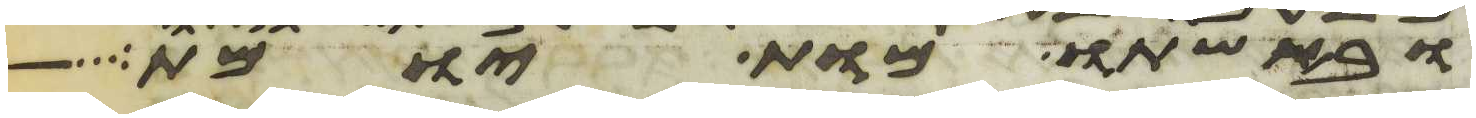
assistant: ובאשתו מות יומת